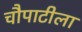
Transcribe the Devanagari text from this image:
चौपाटीला